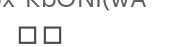
٢٨